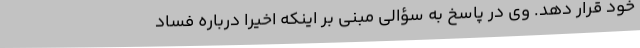
خود قرار دهد. وی در پاسخ به سؤالی مبنی بر اینکه اخیراً درباره فساد